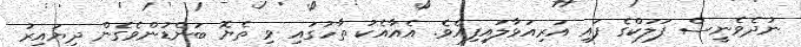
ނުދެވެނީސް ފަލަކްގެ ފައި އަރިއަޅާލައިފިއެވެ. އެއާއެކު ތާހުގައި ވި ތެޔޮ ބަންޑުންވެގެން ދިޔައިރު